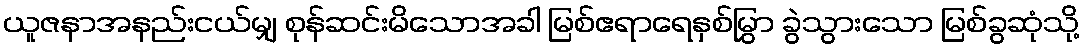
ယူဇနာအနည်းငယ်မျှ စုန်ဆင်းမိသောအခါ မြစ်ဧရာရေနှစ်မြွှာ ခွဲသွားသော မြစ်ခွဆုံသို့